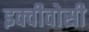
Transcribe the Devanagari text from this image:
इक्वीवोसी